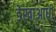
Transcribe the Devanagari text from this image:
डेखाआधी